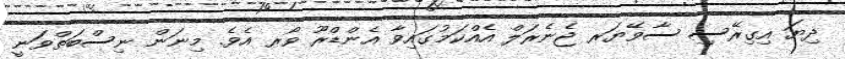
ދިޔަ އިގިރޭސި ސާވޭޔަރ ޖެނެރަލް އެއްކަމުގައިވާ އެންޑްރޫ ވޯރ އެވެ. މިނަން ނިސްބަތްވަނީ